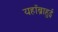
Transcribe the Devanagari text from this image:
यहाँब्राहुई